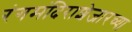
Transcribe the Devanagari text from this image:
रंगमंदिराशेजारच्या